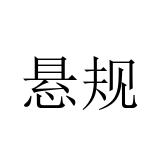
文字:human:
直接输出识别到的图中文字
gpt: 悬规